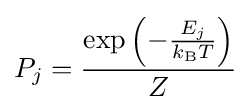
P_{j}={\frac {\exp \left(-{\frac {E_{j}}{k_{\mathrm {B} }T}}\right)}{Z}}